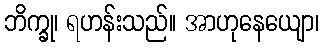
ဘိက္ခု၊ ရဟန်းသည်။ အာဟုနေယျော၊